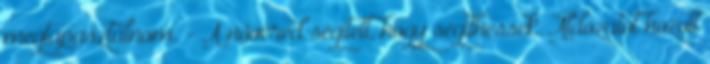
megtapasztalnom. - A nővéred segített, hogy segíthessek. Áldozatot hozott